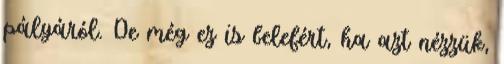
pályáról. De még ez is belefért, ha azt nézzük,